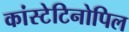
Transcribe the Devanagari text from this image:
कांस्टेटिनोपिल